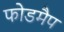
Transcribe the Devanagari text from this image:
फोडमैप